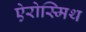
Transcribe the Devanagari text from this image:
ऐरोस्मिथ